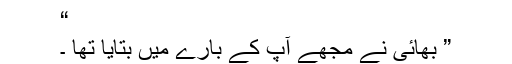
“
” بھائی نے مجھے آپ کے بارے میں بتایا تھا ۔